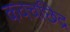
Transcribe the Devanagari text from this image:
कवचछिद्र